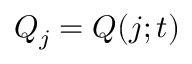
Q _ { j } = Q ( j ; t )